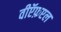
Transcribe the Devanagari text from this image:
वीऍफ़एल